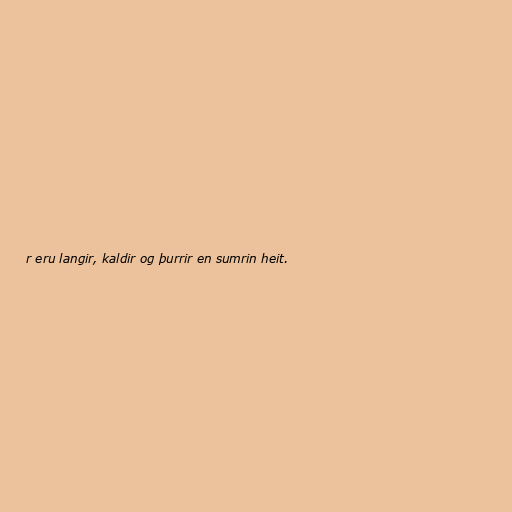
r eru langir, kaldir og þurrir en sumrin heit.